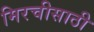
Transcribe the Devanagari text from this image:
मिरचीसाठी